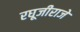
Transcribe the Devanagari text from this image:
रघूजीराजे